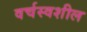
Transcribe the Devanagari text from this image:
वर्चस्वशील